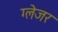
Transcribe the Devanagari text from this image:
ग्लेजर